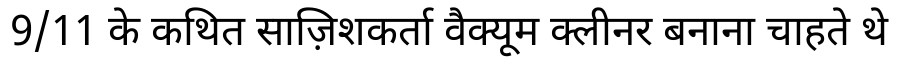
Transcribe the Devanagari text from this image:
9/11 के कथित साज़िशकर्ता वैक्यूम क्लीनर बनाना चाहते थे